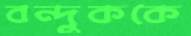
বন্দুককে